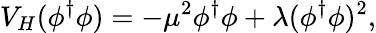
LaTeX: V_{H}(\phi^{\dagger}\phi)=-\mu^{2}\phi^{\dagger}\phi+\lambda(\phi^{\dagger}\phi)^{2},